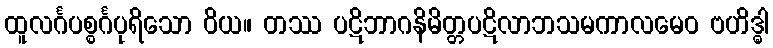
ထူလင်္ဂပစ္စင်္ဂပုရိသော ဝိယ။ တဿ ပဋိဘာဂနိမိတ္တပဋိလာဘသမကာလမေဝ ဗဟိဒ္ဓါ